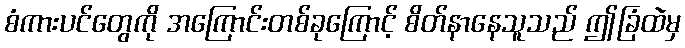
စံကားပင်တွေကို အကြောင်းတစ်ခုကြောင့် စိတ်နာနေသူသည် ဤခြံထဲမှ